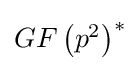
\textstyle GF\left(p^{2}\right)^{*}